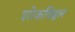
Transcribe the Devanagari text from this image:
शोकविह्वल